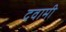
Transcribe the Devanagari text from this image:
दवामी